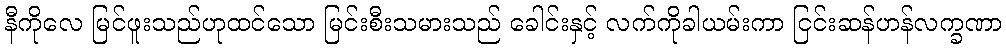
နီကိုလေ မြင်ဖူးသည်ဟုထင်သော မြင်းစီးသမားသည် ခေါင်းနှင့် လက်ကိုခါယမ်းကာ ငြင်းဆန်ဟန်လက္ခဏာ